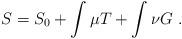
LaTeX: \begin{align*}S=S_0 +\int\mu T+\int\nu G\ .\end{align*}